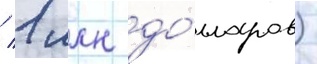
/ 1 млн до́лларов)